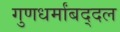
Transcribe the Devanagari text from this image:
गुणधर्मांबद्दल